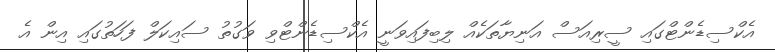
އެކްސިޑެންޓްގައި ސީރިއަސް އަނިޔާތަކެއް ލިބިފައިވަނީ އެކްސިޑެންޓްވި ވަގުތު ސައިކަލް ފަހަތުގައި އިން އެ